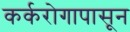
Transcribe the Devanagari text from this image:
कर्करोगापासून